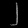
Digit: ၂